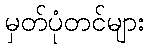
မှတ်ပုံတင်များ